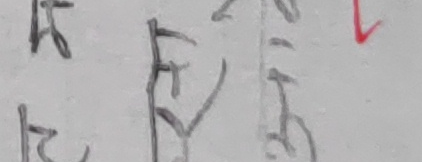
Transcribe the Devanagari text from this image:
मसिना